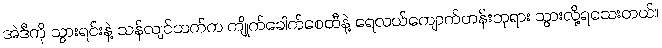
အဲဒီကို သွားရင်းနဲ့ သန်လျင်ဘက်က ကျိုက်ခေါက်စေတီနဲ့ ရေလယ်ကျောက်တန်းဘုရား သွားလို့ရသေးတယ်။